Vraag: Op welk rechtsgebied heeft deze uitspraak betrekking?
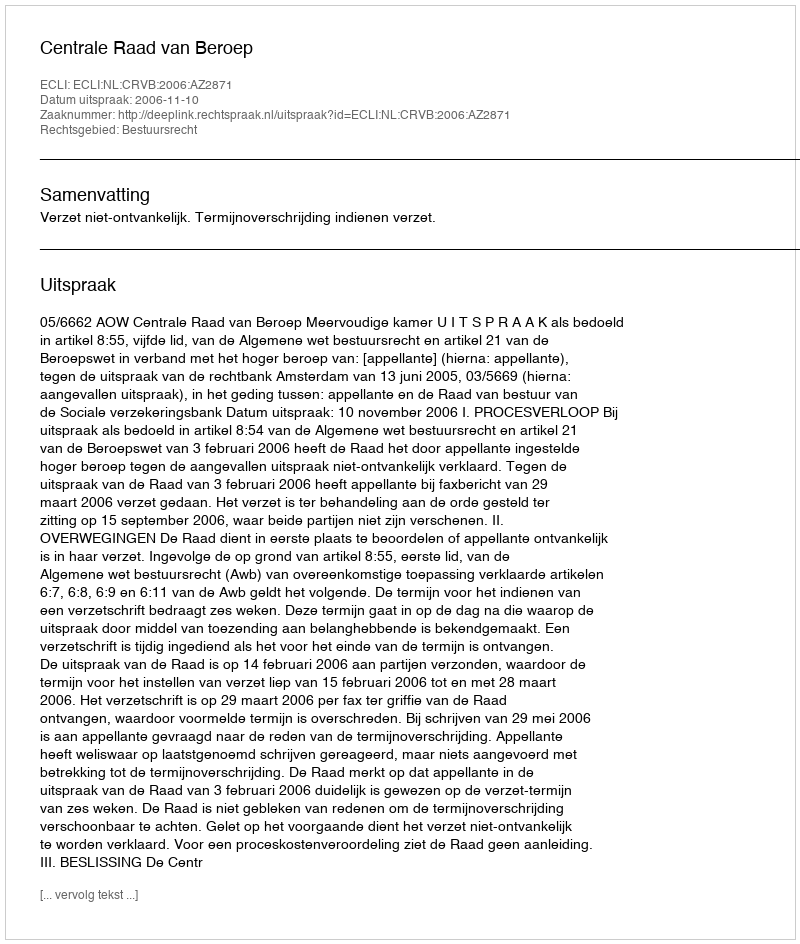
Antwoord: Bestuursrecht